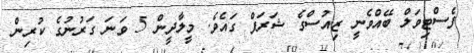
ފެސްޓިވަލް ބޭއްވެނީ ޒިއުސްގެ ޝަރަފް ގައެވެ. މީލާދީން 5 ވަނަ ގަރުނުގެ ކުރިން